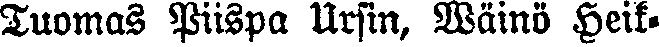
Tuomas Piispa Ursin, Wäinö Heik-